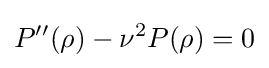
P''(\rho )-\nu ^{2}P(\rho )=0